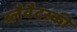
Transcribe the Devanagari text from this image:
ब्लैवैटस्की